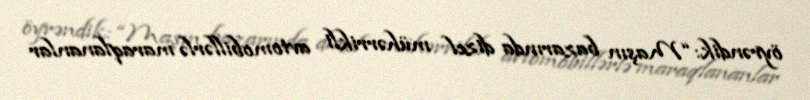
öyrəndik: “Maşın bazarında dizel mühərrikli avtomobillərlə maraqlananlar